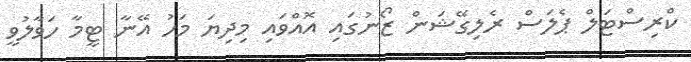
ކްރިސްޓަލް ޕެލަސް ރެލިގޭޝަން ޒޯނުގައި އޮއްވައި މިދިޔަ މަހު އޭނާ ޓީމާ ހަވާލުވީ